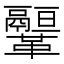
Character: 𩍻